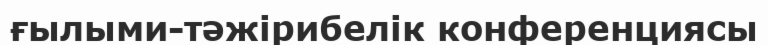
ғылыми-тәжірибелік конференциясы